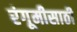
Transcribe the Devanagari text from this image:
रंगूमीसाठी